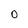
Character: 0